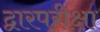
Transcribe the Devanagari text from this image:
द्वारपरीक्षा